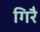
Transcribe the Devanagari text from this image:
गिरै